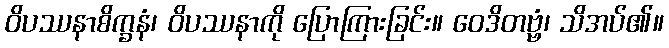
ဝိပဿနာစိက္ခနံ၊ ဝိပဿနာကို ပြောကြားခြင်း။ ဝေဒိတဗ္ဗံ၊ သိအပ်၏။